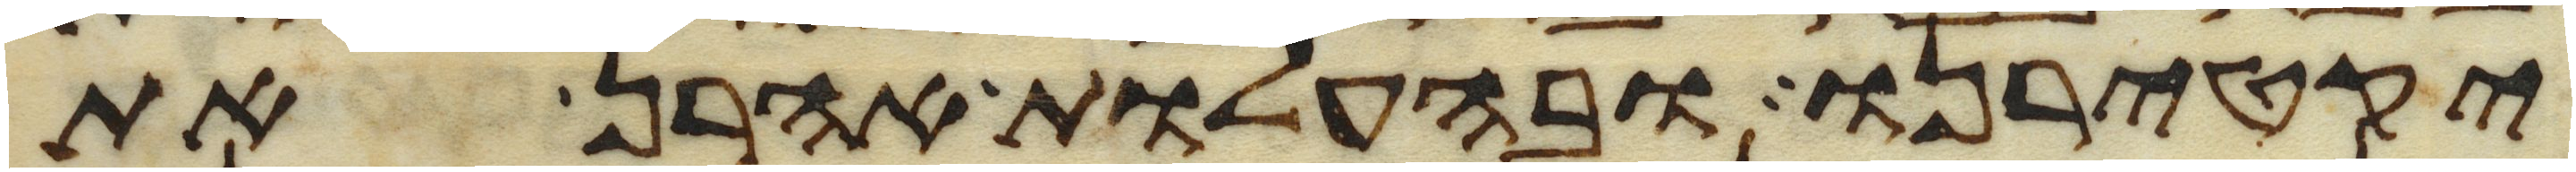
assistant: יקטירנו ובהעלות אהרן את